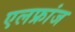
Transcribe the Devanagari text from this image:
एलफ्रांज